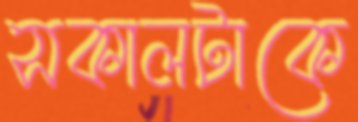
সকালটাকে